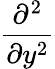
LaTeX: \frac{\partial^{2}}{\partial y^{2}}